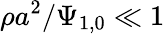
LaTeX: \rho{a}^{2}/\Psi_{1,0}\ll 1